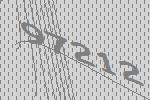
97212